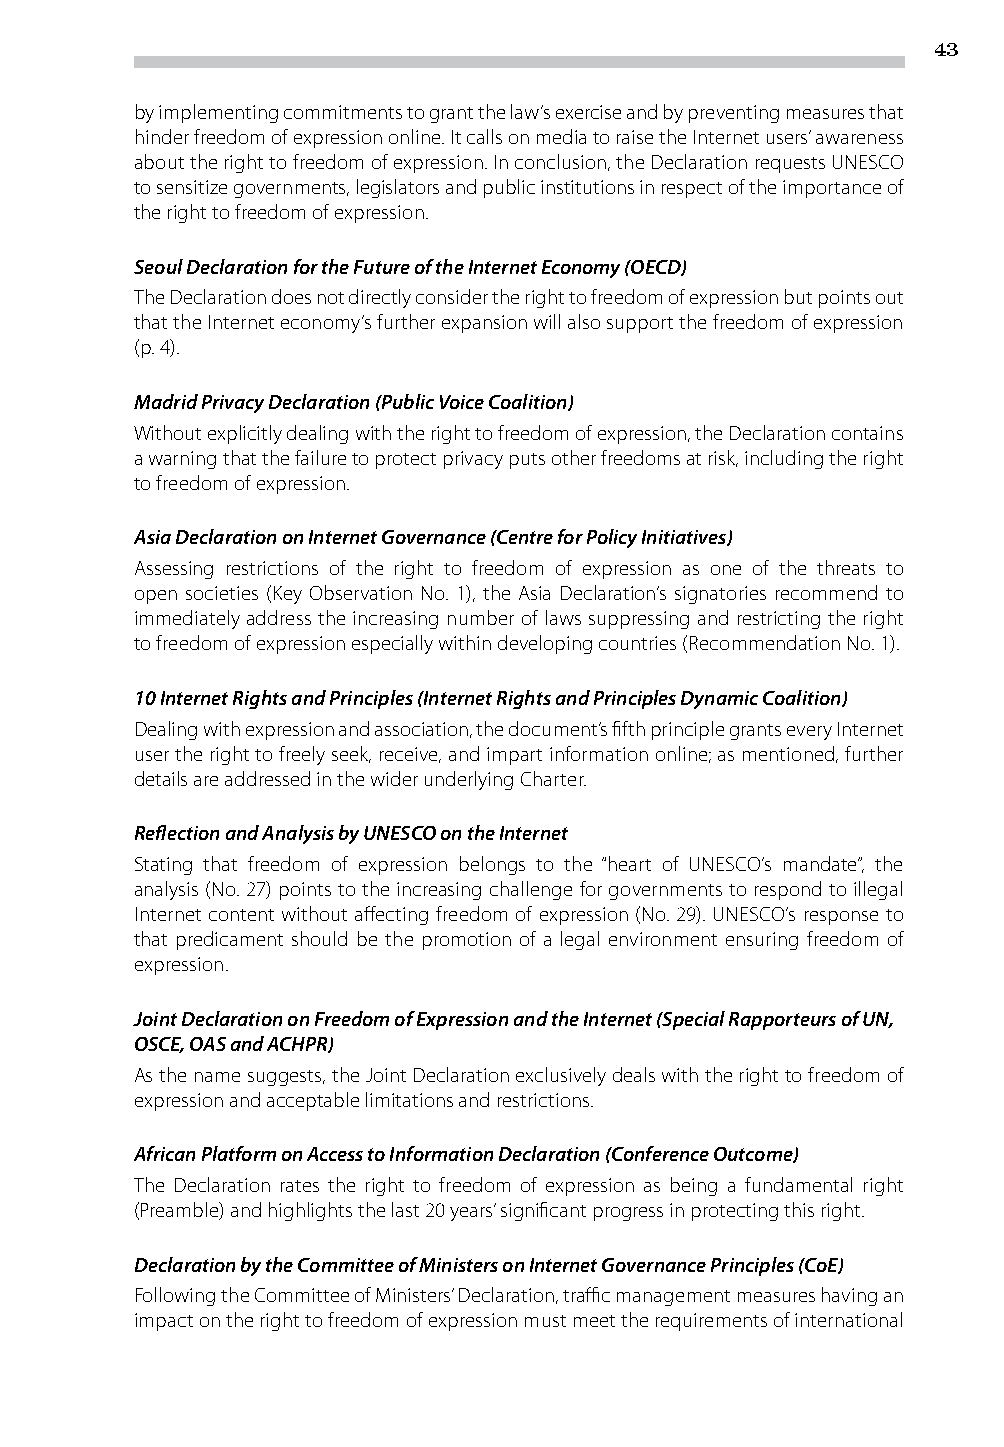
43
 by implementing commitments to grant the law’s exercise and by preventing measures that
 hinder freedom of expression online. It calls on media to raise the Internet users’ awareness
 about the right to freedom of expression. In conclusion, the Declaration requests UNESCO
 to sensitize governments, legislators and public institutions in respect of the importance of
 the right to freedom of expression.
 Seoul Declaration for the Future of the Internet Economy (OECD)
 The Declaration does not directly consider the right to freedom of expression but points out
 that the Internet economy’s further expansion will also support the freedom of expression
 (p. 4).
 Madrid Privacy Declaration (Public Voice Coalition)
 Without explicitly dealing with the right to freedom of expression, the Declaration contains
 a warning that the failure to protect privacy puts other freedoms at risk, including the right
 to freedom of expression.
 Asia Declaration on Internet Governance (Centre for Policy Initiatives)
 Assessing restrictions of the right to freedom of expression as one of the threats to
 open societies (Key Observation No. 1), the Asia Declaration’s signatories recommend to
 immediately address the increasing number of laws suppressing and restricting the right
 to freedom of expression especially within developing countries (Recommendation No. 1).
 10 Internet Rights and Principles (Internet Rights and Principles Dynamic Coalition)
 Dealing with expression and association, the document’s fifth principle grants every Internet
 user the right to freely seek, receive, and impart information online; as mentioned, further
 details are addressed in the wider underlying Charter.
 Reflection and Analysis by UNESCO on the Internet
 Stating that freedom of expression belongs to the “heart of UNESCO’s mandate”, the
 analysis (No. 27) points to the increasing challenge for governments to respond to illegal
 Internet content without affecting freedom of expression (No. 29). UNESCO’s response to
 that predicament should be the promotion of a legal environment ensuring freedom of
 expression.
 Joint Declaration on Freedom of Expression and the Internet (Special Rapporteurs of UN,
 OSCE, OAS and ACHPR)
 As the name suggests, the Joint Declaration exclusively deals with the right to freedom of
 expression and acceptable limitations and restrictions.
 African Platform on Access to Information Declaration (Conference Outcome)
 The Declaration rates the right to freedom of expression as being a fundamental right
 (Preamble) and highlights the last 20 years’ significant progress in protecting this right.
 Declaration by the Committee of Ministers on Internet Governance Principles (CoE)
 Following the Committee of Ministers’ Declaration, traffic management measures having an
 impact on the right to freedom of expression must meet the requirements of international